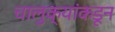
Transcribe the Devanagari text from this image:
चालुक्यांकडून